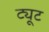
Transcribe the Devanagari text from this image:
ट्यूट